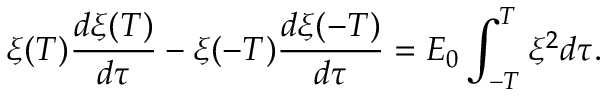
\xi ( T ) \frac { d \xi ( T ) } { d \tau } - \xi ( - T ) \frac { d \xi ( - T ) } { d \tau } = E _ { 0 } \int _ { - T } ^ { T } \xi ^ { 2 } d \tau .